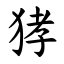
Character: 㹲